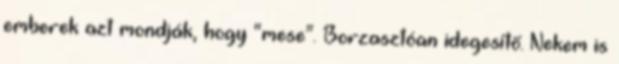
emberek azt mondják, hogy “mese”. Borzasztóan idegesítő. Nekem is